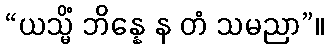
“ယသ္မိံ ဘိန္နေ န တံ သမညာ”။